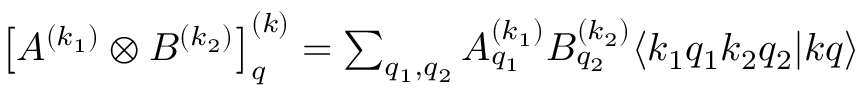
\begin{array} { r } { \left[ A ^ { ( k _ { 1 } ) } \otimes B ^ { ( k _ { 2 } ) } \right] _ { q } ^ { ( k ) } = \sum _ { q _ { 1 } , q _ { 2 } } A _ { q _ { 1 } } ^ { ( k _ { 1 } ) } B _ { q _ { 2 } } ^ { ( k _ { 2 } ) } \langle k _ { 1 } q _ { 1 } k _ { 2 } q _ { 2 } | k q \rangle } \end{array}